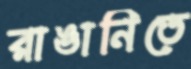
রাঙানিতে